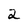
Character: 2